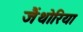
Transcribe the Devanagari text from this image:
जैंथोरिया